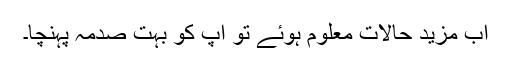
اب مزید حالات معلوم ہوئے تو آپؐ کو بہت صدمہ پہنچا۔